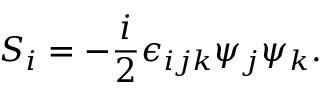
S _ { i } = - \frac { i } { 2 } \epsilon _ { i j k } \psi _ { j } \psi _ { k } .